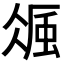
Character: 𧋚